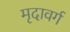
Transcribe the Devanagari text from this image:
मृदावर्ग